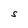
Character: S